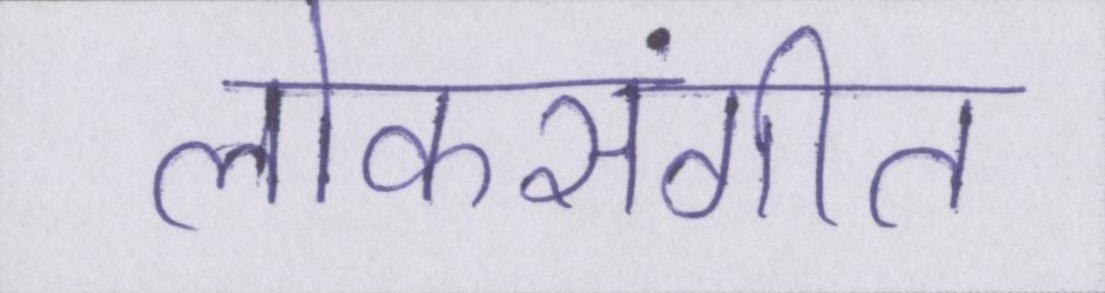
लोकसंगीत